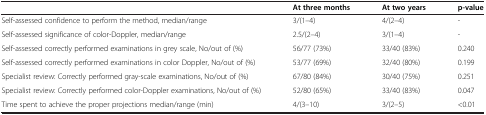
<table><thead><tr><td><b> </b></td><td><b>At three months</b></td><td><b>At two years</b></td><td><b>p-value</b></td></tr></thead><tbody><tr><td>Self-assessed confidence to perform the method, median/range</td><td>3/(1–4)</td><td>4/(2–4)</td><td>-</td></tr><tr><td>Self-assessed significance of color-Doppler, median/range</td><td>2.5/(2–4)</td><td>3/(1–4)</td><td>-</td></tr><tr><td>Self-assessed correctly performed examinations in grey scale, No/out of (%)</td><td>56/77 (73%)</td><td>33/40 (83%)</td><td>0.240</td></tr><tr><td>Self-assessed correctly performed examinations in color Doppler, No/out of (%)</td><td>53/77 (69%)</td><td>32/40 (80%)</td><td>0.199</td></tr><tr><td>Specialist review: Correctly performed gray-scale examinations, No/out of (%)</td><td>67/80 (84%)</td><td>30/40 (75%)</td><td>0.251</td></tr><tr><td>Specialist review: Correctly performed color-Doppler examinations, No/out of (%)</td><td>52/80 (65%)</td><td>33/40 (83%)</td><td>0.047</td></tr><tr><td>Time spent to achieve the proper projections median/range (min)</td><td>4/(3–10)</td><td>3/(2–5)</td><td>&lt;0.01</td></tr></tbody></table>